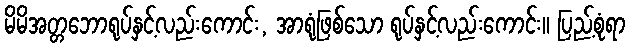
မိမိအတ္တဘောရုပ်နှင့်လည်းကောင်း, အာရုံဖြစ်သော ရုပ်နှင့်လည်းကောင်း။ ပြည့်စုံရာ